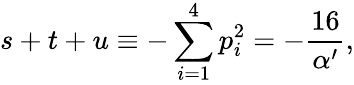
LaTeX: s+t+u\equiv-\sum_{i=1}^{4}p_{i}^{2}=-\frac{16}{\alpha^{\prime}},